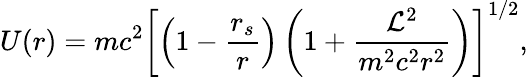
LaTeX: U(r)=mc^{2}\left[\left(1-\frac{r_{s}}{r}\right)\left(1+\frac{{\cal{L}}^{2}}{m^{2}c^{2}r^{2}}\right)\right]^{1/2},